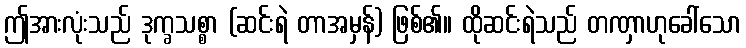
ဤအားလုံးသည် ဒုက္ခသစ္စာ (ဆင်းရဲ တာအမှန်) ဖြစ်၏။ ထိုဆင်းရဲသည် တဏှာဟုခေါ်သော